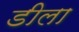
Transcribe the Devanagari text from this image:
डीला